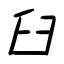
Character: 臼